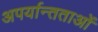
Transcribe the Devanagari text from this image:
अपर्यान्तताओं